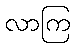
လာကြ